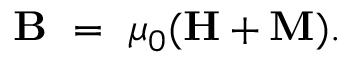
\mathbf { B } \ = \ \mu _ { 0 } ( \mathbf { H } + \mathbf { M } ) .